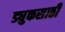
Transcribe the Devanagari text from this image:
ड्युकसाठी